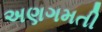
અણગમતી